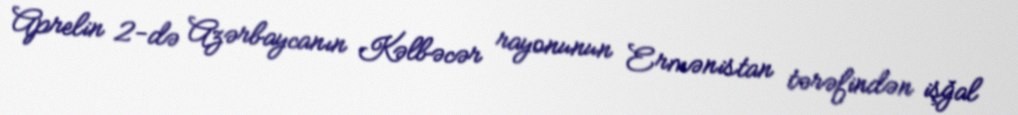
Aprelin 2-də Azərbaycanın Kəlbəcər rayonunun Ermənistan tərəfindən işğal